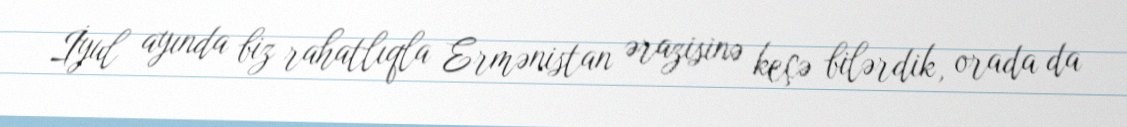
İyul ayında biz rahatlıqla Ermənistan ərazisinə keçə bilərdik, orada da